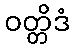
ဝတ္တိဒံ